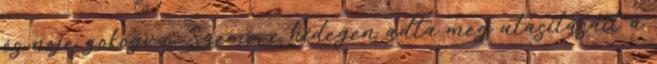
és neje zokogva, Szemere hidegen adta meg utasításait a